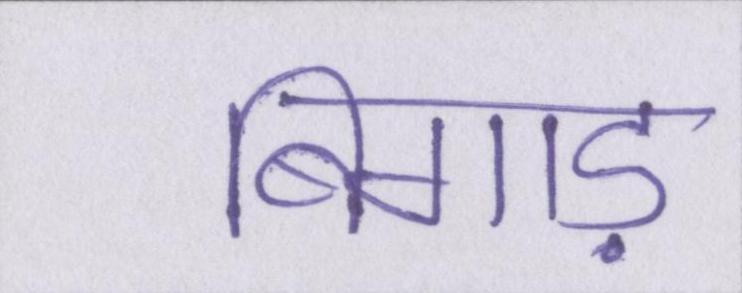
बिगाड़